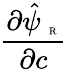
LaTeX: \frac{\partial\hat{\psi}_{\mathrm{~\tiny~R~}}}{\partial{c}}